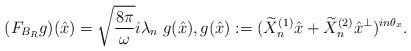
LaTeX: \begin{align*}(F_{B_R}g)(\hat{x}) = \sqrt{\frac{8\pi}{\omega}}i \lambda_n\; g(\hat{x}),g(\hat{x}):=(\widetilde{X}_n^{(1)} \hat{x} + \widetilde{X}_n^{(2)} \hat{x}^{\bot })^{in \theta_x}.\end{align*}